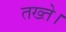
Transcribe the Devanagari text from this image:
तख्ते।